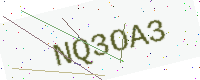
Text: NQ3OA3